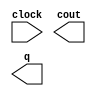
module lpm_counter_mean_mass (
	clock,
	cout,
	q);

	input	  clock;
	output	  cout;
	output	[9:0]  q;

endmodule